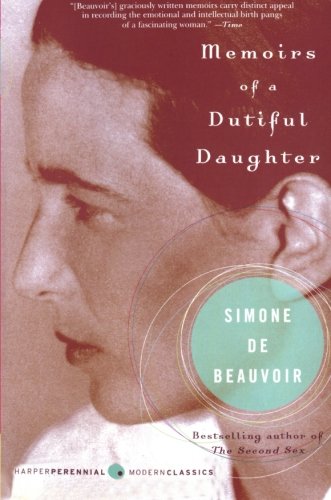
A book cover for Memoirs of a Dutiful Daughter (Perennial Classics); Simone de Beauvoir; Biographies & Memoirs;